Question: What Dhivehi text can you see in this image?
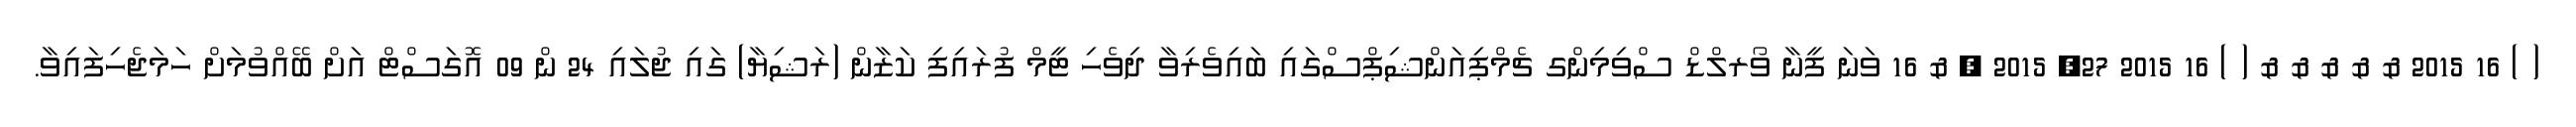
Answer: ( ) 16 2015 & & & & & ( ) 16 2015 27, 2015 , & 16 ވަނަ ފީނާ ވޯރލްޑް ސްވިމިންގ ޗެމްޕިއަންޝިޕްސްގައި ބައިވެރިވާ ދިވެހި ޓީމް ފުރައިފި ކަޒާން (ރަޝިޔާ) ގައި ޖުލައި 24 ން 09 އޮގަސްޓް އަށް ބޭއްވުމަށް ހަމަޖެހިފައިވާ.